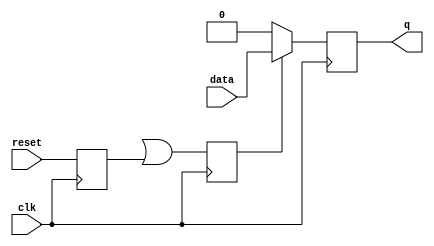
module dff_sync_reset (
data   , // Data Input
clk    , // Clock Input
reset  , // Reset input
q        // Q output
);
//-----------Input Ports---------------
input data, clk, reset ; 

//-----------Output Ports---------------
output q;

//------------Internal Variables--------
reg q;

//-------------Code Starts Here---------
reg sync_reset_pos;
reg sync_reset_neg;
reg sync_reset_pipe;
always @ ( posedge clk)
begin
    sync_reset <= reset;
    sync_reset_pipe <= sync_reset_pos | sync_reset_neg;
end

always @ ( negedge clk)
begin
    sync_reset_neg <= reset;
end

always @ ( posedge clk)
if (~sync_reset_pipe) begin
  q <= 1'b0;
end  else begin
  q <= data;
end

endmodule